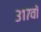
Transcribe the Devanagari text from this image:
३१७वॉ